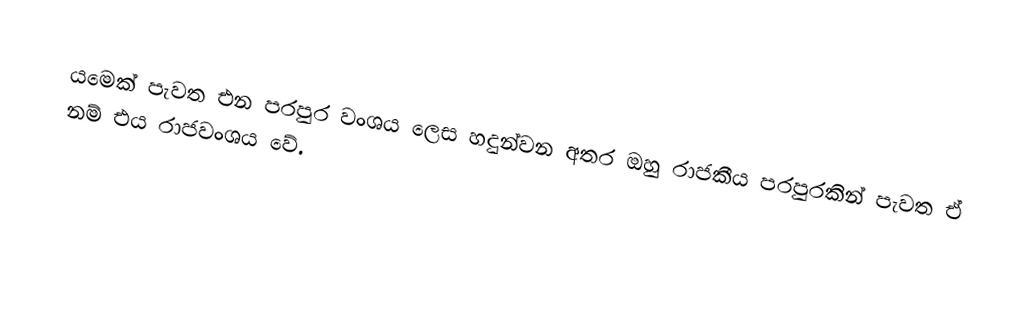
යමෙක් පැවත එන පරපුර ව‍ංශය ලෙස හදුන්වන අතර ඔහු රාජකීය පරපුරකින් පැවත ඒ නම් එය රාජවංශය වේ.